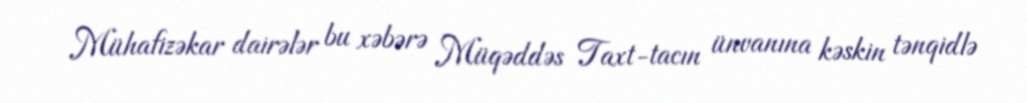
Mühafizəkar dairələr bu xəbərə Müqəddəs Taxt-tacın ünvanına kəskin tənqidlə